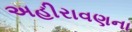
અહીરાવણના